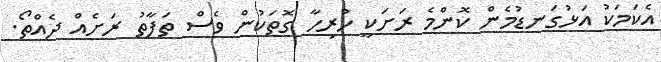
އެކަމަކު އަޅުގަނޑުމެން ކޮންމެ ރަށަކީ ހުރިހާ ގޮތަކުން ވެސް ތަފާތު ރަށެއް ދެއްތޯ.